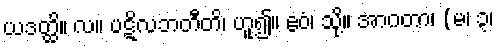
ယဒတ္ထိ။ လ။ ပဋိလဘတီတိ၊ ဟူ၍။ ဧဝံ၊ သို့။ အာဂတာ၊ (မ၊ ၃၊